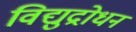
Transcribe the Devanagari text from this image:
विद्युद्रोधन